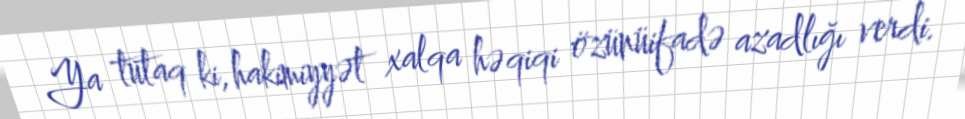
Ya tutaq ki, hakimiyyət xalqa həqiqi özünüifadə azadlığı verdi.